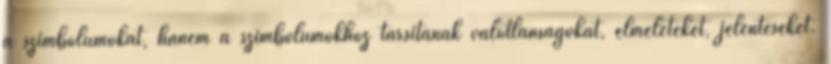
a szimbólumokat, hanem a szimbólumokhoz társítanak valótlanságokat, elméleteket, jelentéseket.